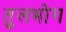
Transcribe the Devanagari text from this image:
तुलभोग